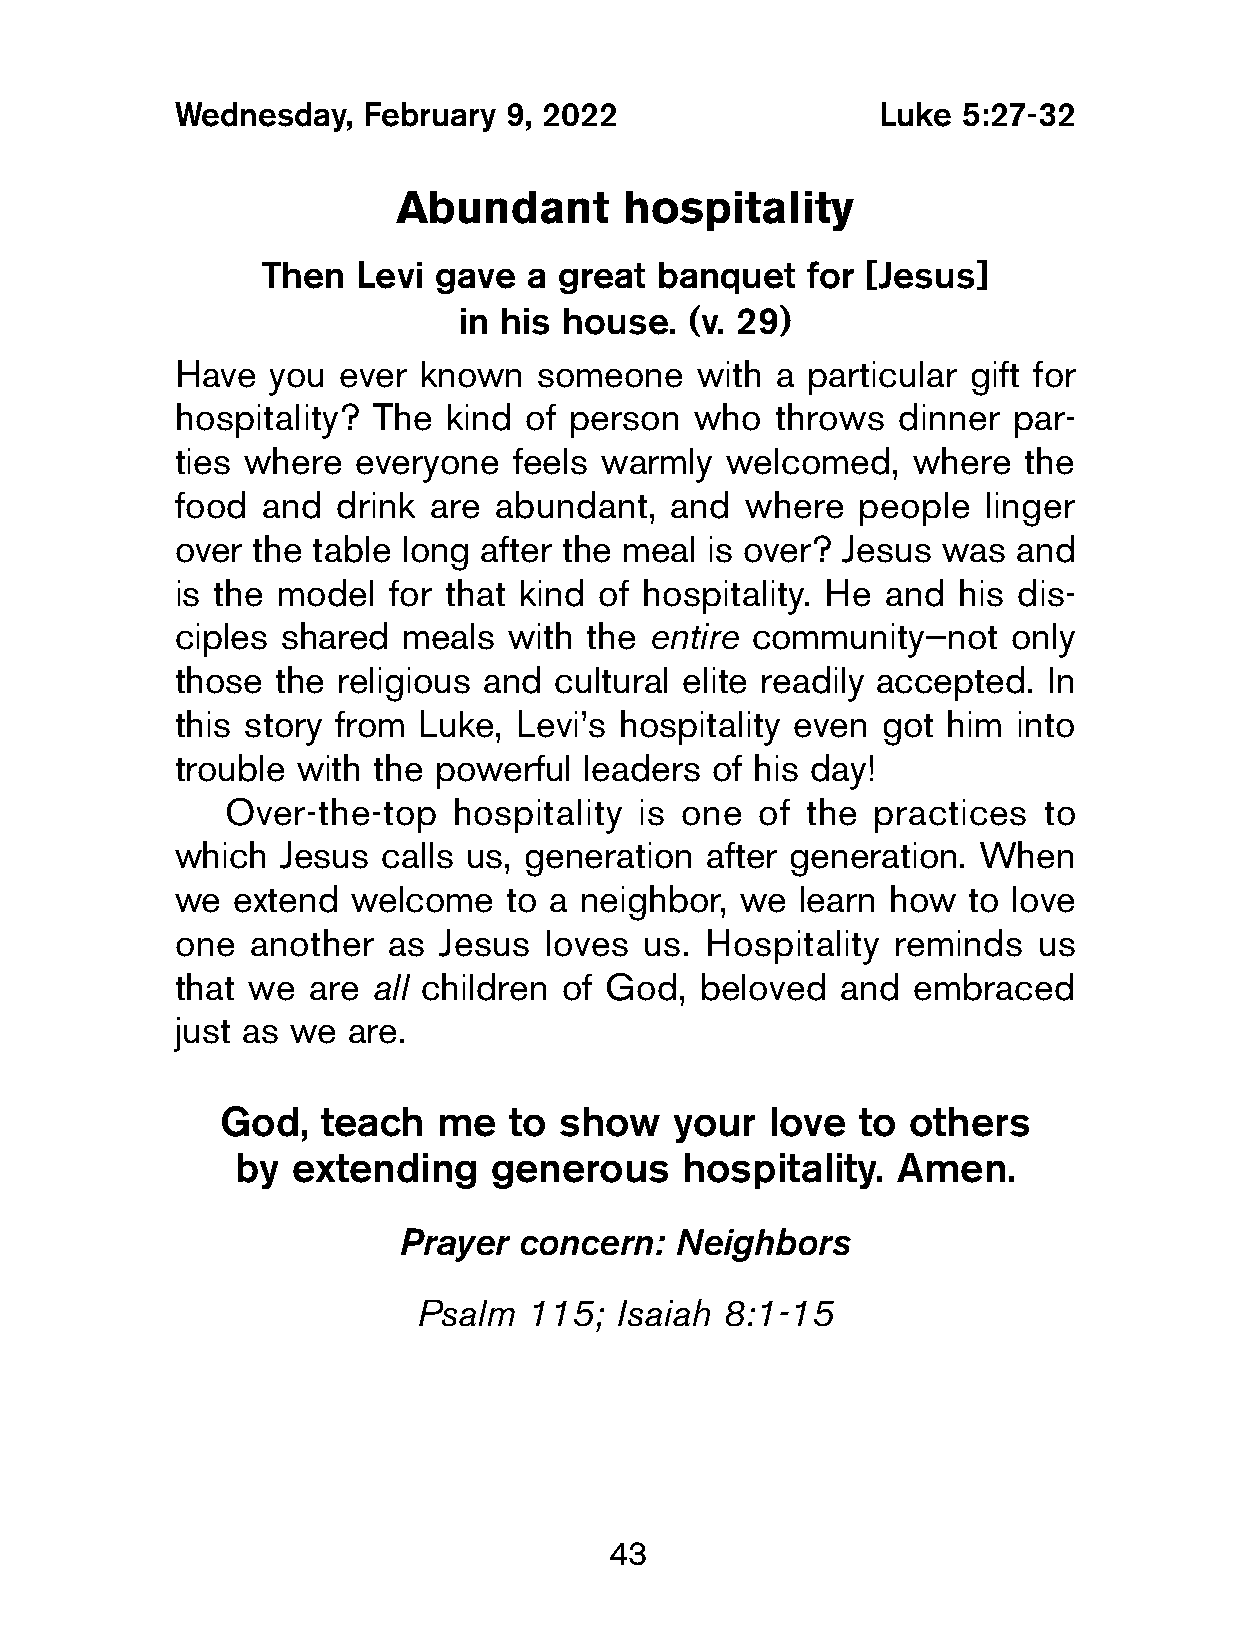
Wednesday,   February 9, 2022                  Luke  5:27-32
 Abundant       hospitality
 Then  Levi  gave  a great banquet   for [Jesus]
 in his house.  (v. 29)
 Have   you ever  known  someone    with a particular gift for
 hospitality?  The kind  of person  who  throws  dinner  par-
 ties where  everyone   feels warmly  welcomed,   where   the
 food  and  drink are  abundant,  and  where   people  linger
 over  the table long after the meal is over? Jesus was  and
 is the model   for that kind of hospitality. He and his dis-
 ciples  shared  meals  with the entire community—not    only
 those  the religious and  cultural elite readily accepted. In
 this story from  Luke, Levi’s hospitality even got  him into
 trouble  with the powerful  leaders of his day!
 Over-the-top   hospitality is one  of the  practices  to
 which  Jesus  calls us, generation  after generation. When
 we  extend  welcome   to a neighbor,  we  learn how  to love
 one  another   as Jesus  loves  us. Hospitality reminds   us
 that we  are  all children of God, beloved  and  embraced
 just as we  are.
 God,   teach   me   to show   your   love  to others
 by  extending    generous     hospitality.  Amen.
 Prayer  concern:   Neighbors
 Psalm   115;  Isaiah 8:1-15
 43